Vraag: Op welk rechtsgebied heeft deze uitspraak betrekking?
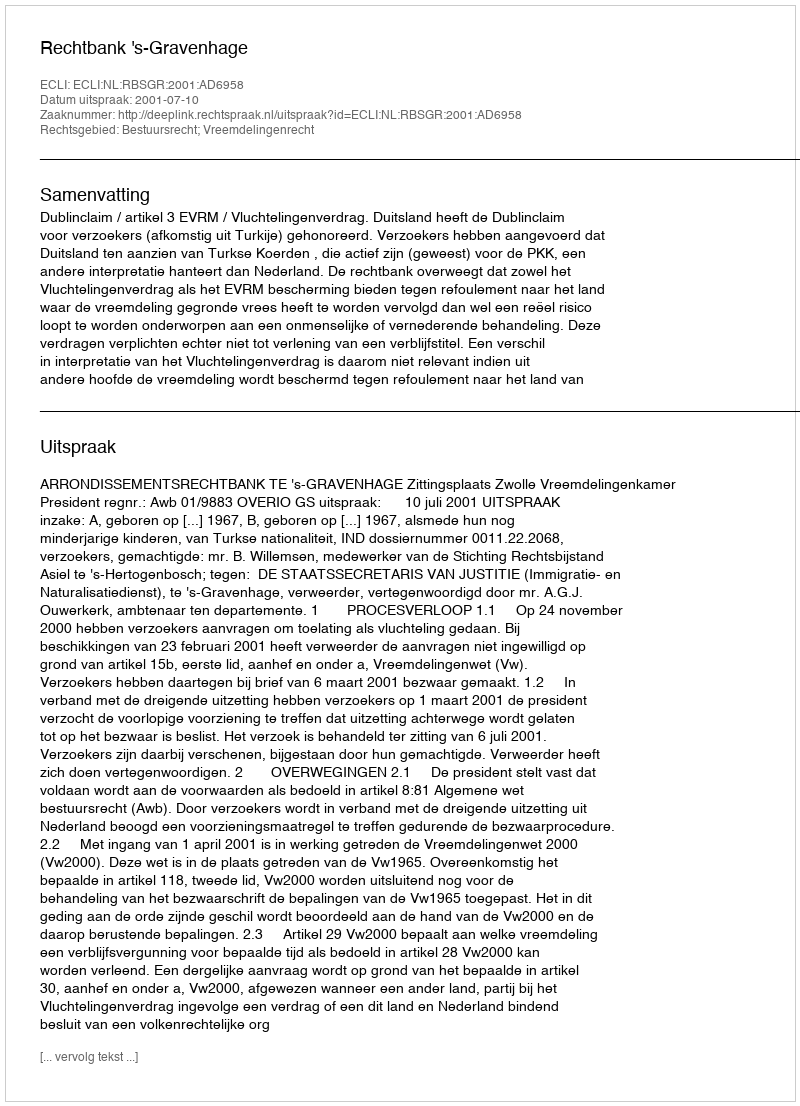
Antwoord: Bestuursrecht; Vreemdelingenrecht